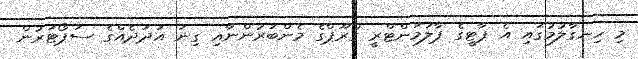
މި ހިނގާލުމުގައި އެ ޕާޓީގެ ޕާލަމަންޓްރީ ގްރޫޕްގެ މެންބަރުންނާއި ގިނަ އަދަދެއްގެ ސަޕޯޓަރުން